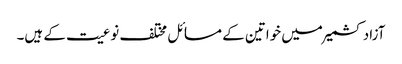
آزاد کشمیر میں خواتین کے مسائل مختلف نوعیت کے ہیں۔